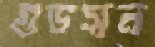
গুডসন